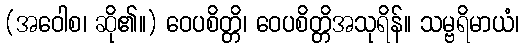
(အဝေါစ၊ ဆို၏။) ဝေပစိတ္တိ၊ ဝေပစိတ္တိအသုရိန်။ သမ္ဗရိမာယံ၊